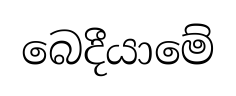
බෙදීයාමේ